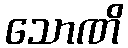
သောဏိ